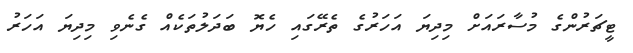
ޓީޗަރުންގެ މުސާރައަށް މިދިޔަ އަހަރުގެ ތެރޭގައި ހެޔޮ ބަދަލުތަކެއް ގެނެވި މިދިޔަ އަހަރު